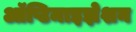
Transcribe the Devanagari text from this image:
ऑप्टिमाइझेशन